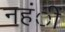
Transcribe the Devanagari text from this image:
नहंीं